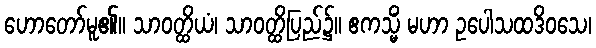
ဟောတော်မူ၏။ သာဝတ္ထိယံ၊ သာဝတ္ထိပြည်၌။ ဧကသ္မိံ မဟာ ဥပေါသထဒိဝသေ၊